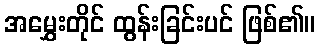
အမွှေးတိုင် ထွန်းခြင်းပင် ဖြစ်၏။